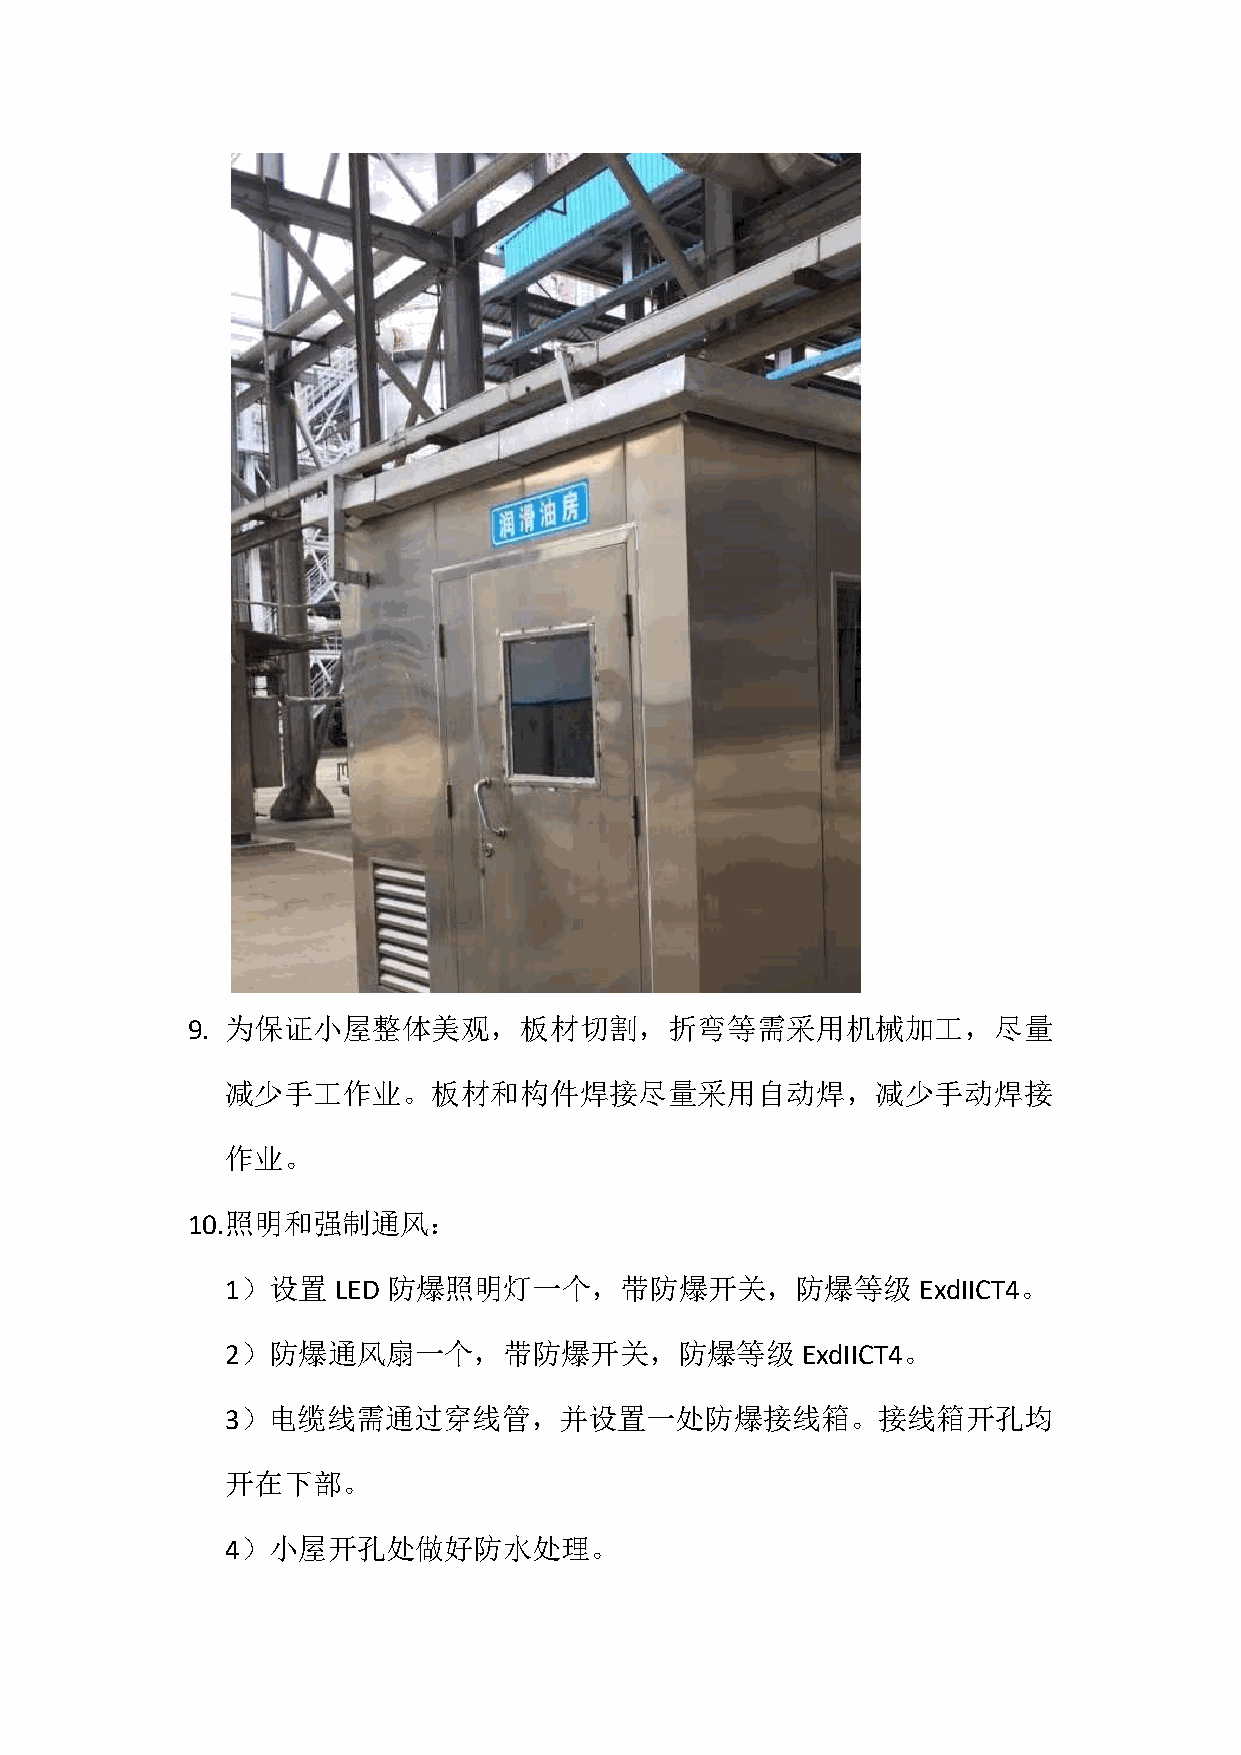
9. 为保证小屋整体美观，板材切割，折弯等需采用机械加工，尽量
 减少手工作业。板材和构件焊接尽量采用自动焊，减少手动焊接
 作业。
 10. 照明和强制通风：
 1）设置   LED 防爆照明灯一个，带防爆开关，防爆等级                 ExdIICT4。
 2）防爆通风扇一个，带防爆开关，防爆等级                  ExdIICT4。
 3）电缆线需通过穿线管，并设置一处防爆接线箱。接线箱开孔均
 开在下部。
 4）小屋开孔处做好防水处理。